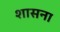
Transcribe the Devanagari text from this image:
शासना